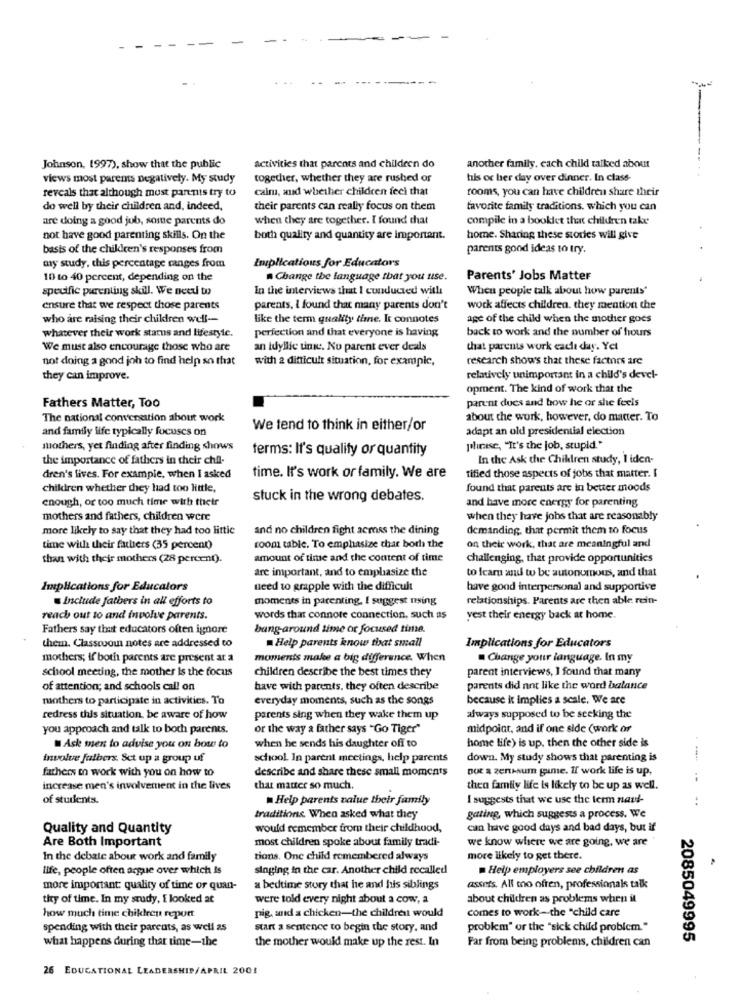
TH
-
Johnson, 1997), show that the public
activities that parents and children do
another family. each child talked about
views most parents negatively. My study
together, whether they are rushed or
his or her day over dinner. In class-
reveals that although must parents try to
caim, and whether children feel that
rooms, you can have children share their
do well by their children and, indeed,
their parents can really focus on them
favorite family traditions. which you can
are doing a good job, some parents do
when they are together. I found that
compile in a booklet that children take
not have good parenting skills. On the
both quality and quantity are important.
home. Sharing these stories will give
basis of the chikleen's responses from
parents good ideas to try.
my study, this percentage ranges from
Implications for Educators
10 to 40 percent, depending on the
Change the language that you use.
Parents' Jobs Matter
specific parenting skill. We need to
In the interviews that I conducted with
When people talk about how parents'
ensure that we respect those parents
parents, I found that many parents don't
work affects children. they mention the
who are raising their children well-
like the term quality time. It connotes
age of the child when the mother goes
whatever their work status and lifestyle.
perfection and that everyone is having
back to work and the number of hours
We must also encourage those who are
an Idyllic time. No parent ever deals
that parents work eadlı day. Yet
not doing a gond joh to find help so that
with a difficult situation, for example,
research shows that these factors are
they can improve.
relatively unimportant in a child's devel-
opment. The kind of work that the
parent dues and how he or she feels
Fathers Matter, Too
The national convention about work
about the work, however, do matter. To
and family life typically focuses on
We tend to think in either/or
adapt an old presidential election
mothers, yet finding after finding shows
terms: It's quality or quantity
phrase, "It's the job, stupid."
the importance of fathers in their chil-
In the Ask the Children study, I iden-
dren's lives. For example, when I asked
time. It's work or family. We are
tified those aspects of jobs that matter. I
children whether they had too little,
found that parents are in better moods
enough, or too much time with their
stuck in the wrong debates.
and have more energy for parenting
mothers and fathers, children were
when they have jobs that are reasonably
more likely to say that they had too little
and no children fight acmas the dining
demanding, that permit them to focus
time with their fathers (35 percent)
room table. To emphasize that both the
on their work, that are meaningful and
than with their mothers (28 percent).
amount of time and the content of time
challenging, that provide opportunities
are important, and to emphasize the
to learn and to be autonomous, and that
Implications for Educators
need to grapple with the difficult
have gond interpersonal and supportive
Include fathers in all efforts to
moments in parenting, I suggest using
relationships. Parents are then able rein-
reach out to and involve parents.
words that connote connection, such as
yest their energy back at home.
Fathers say that educators often ignore
bang-around lime ot focused time.
them. Classouou notes are addressed to
Help parents know that small
Implications for Educators
mothers; if both parents are present at a
moments make a big difference. When
Change your language. In my
school meeting, the mother Is the focus
children describe the best times they
parent interviews, I found that many
of attention; and schools cal! on
have with parents. they often describe
parents did not like the word balance
mothers to participate in activities. To
everyday moments, such as the songs
because it implies a scale. We are
redress this situation, be aware of how
parents sing when they wake them up
always supposed to be seeking the
you approach and talk to both parents.
or the way a father says "Go Tiger"
midpoint, and if one side (work or
Ask men to advise you on bow to
when he sends his daughter off to
home life) is up, then the other side is
involve falbers. Set up a group uf
school In parent meetings, help parents
down. My study shows that parenting is
fathers en work with you on how to
describe and share these small moments
put a zentrum game. I work life is up,
..
increase men's involvement in the lives
that matter so much.
then family life is likely to be up as well.
of students.
Help parents value their family
I suggests that we use the term naul-
..
traditions. When asked what they
gating, which suggests a process. We
Quality and Quantity
would remember from their childhood,
can have good days and bad days, but if
Are Both Important
most children spoke about family tradi-
we know where we are going, we are
In the debate about work and family
tions. One child remembered always
more likely to get there.
life, people often argue over which is
singing in the car. Another child recalled
Heip employers see children as
more important quality of time or quan-
a bedtime story that he and his siblings
assets. All mo ofren, professionals talk
tiy of time. In my study, E looked at
were told every night about a cow, a
about children as problems when it
pig, and a chicken-the children would
comes to work-the "child care
how much time chiklen report
spending with their parents, as well as
start a sentence to begin the story, and
problem" or the "sick child problem."
what happens during that time-the
the mother would make up the rest. In
Far from being problems, children can
2085049995
26 EDUCATIONAL LEADERSHIP/APRIL 200!